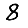
Digit: 8